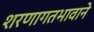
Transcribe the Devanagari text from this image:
शरणागतभावाने